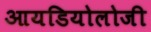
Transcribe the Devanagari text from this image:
आयडियोलोजी